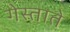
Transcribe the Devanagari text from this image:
गेस्ताते